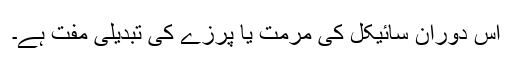
اس دوران سائیکل کی مرمت یا پرزے کی تبدیلی مفت ہے۔